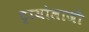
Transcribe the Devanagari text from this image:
ट्रायोलाजी